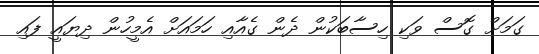
ގަމަަށް ގޮސް ވަކި ހިސާބަކުން ދެން ގެއާއި ހަމައަށް އެމީހުން ދިޔައީ ފައި